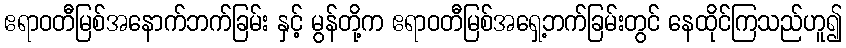
ဧရာဝတီမြစ်အနောက်ဘက်ခြမ်း နှင့် မွန်တို့က ဧရာဝတီမြစ်အရှေ့ဘက်ခြမ်းတွင် နေထိုင်ကြသည်ဟူ၍